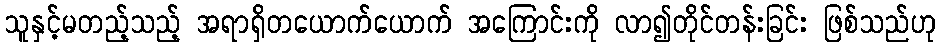
သူနှင့်မတည့်သည့် အရာရှိတယောက်ယောက် အကြောင်းကို လာ၍တိုင်တန်းခြင်း ဖြစ်သည်ဟု